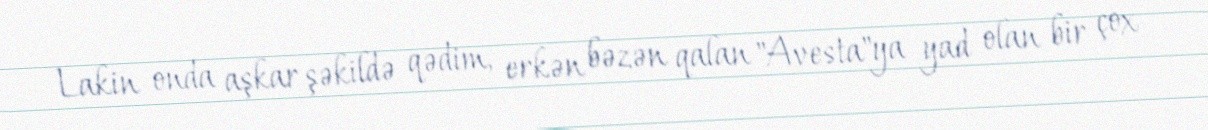
Lakin onda aşkar şəkildə qədim, erkən bəzən qalan "Avesta"ya yad olan bir çox